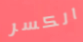
الكسر